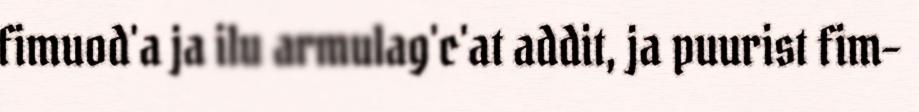
fimuod'a ja ilu armulag'c'at addit, ja puurist fim-